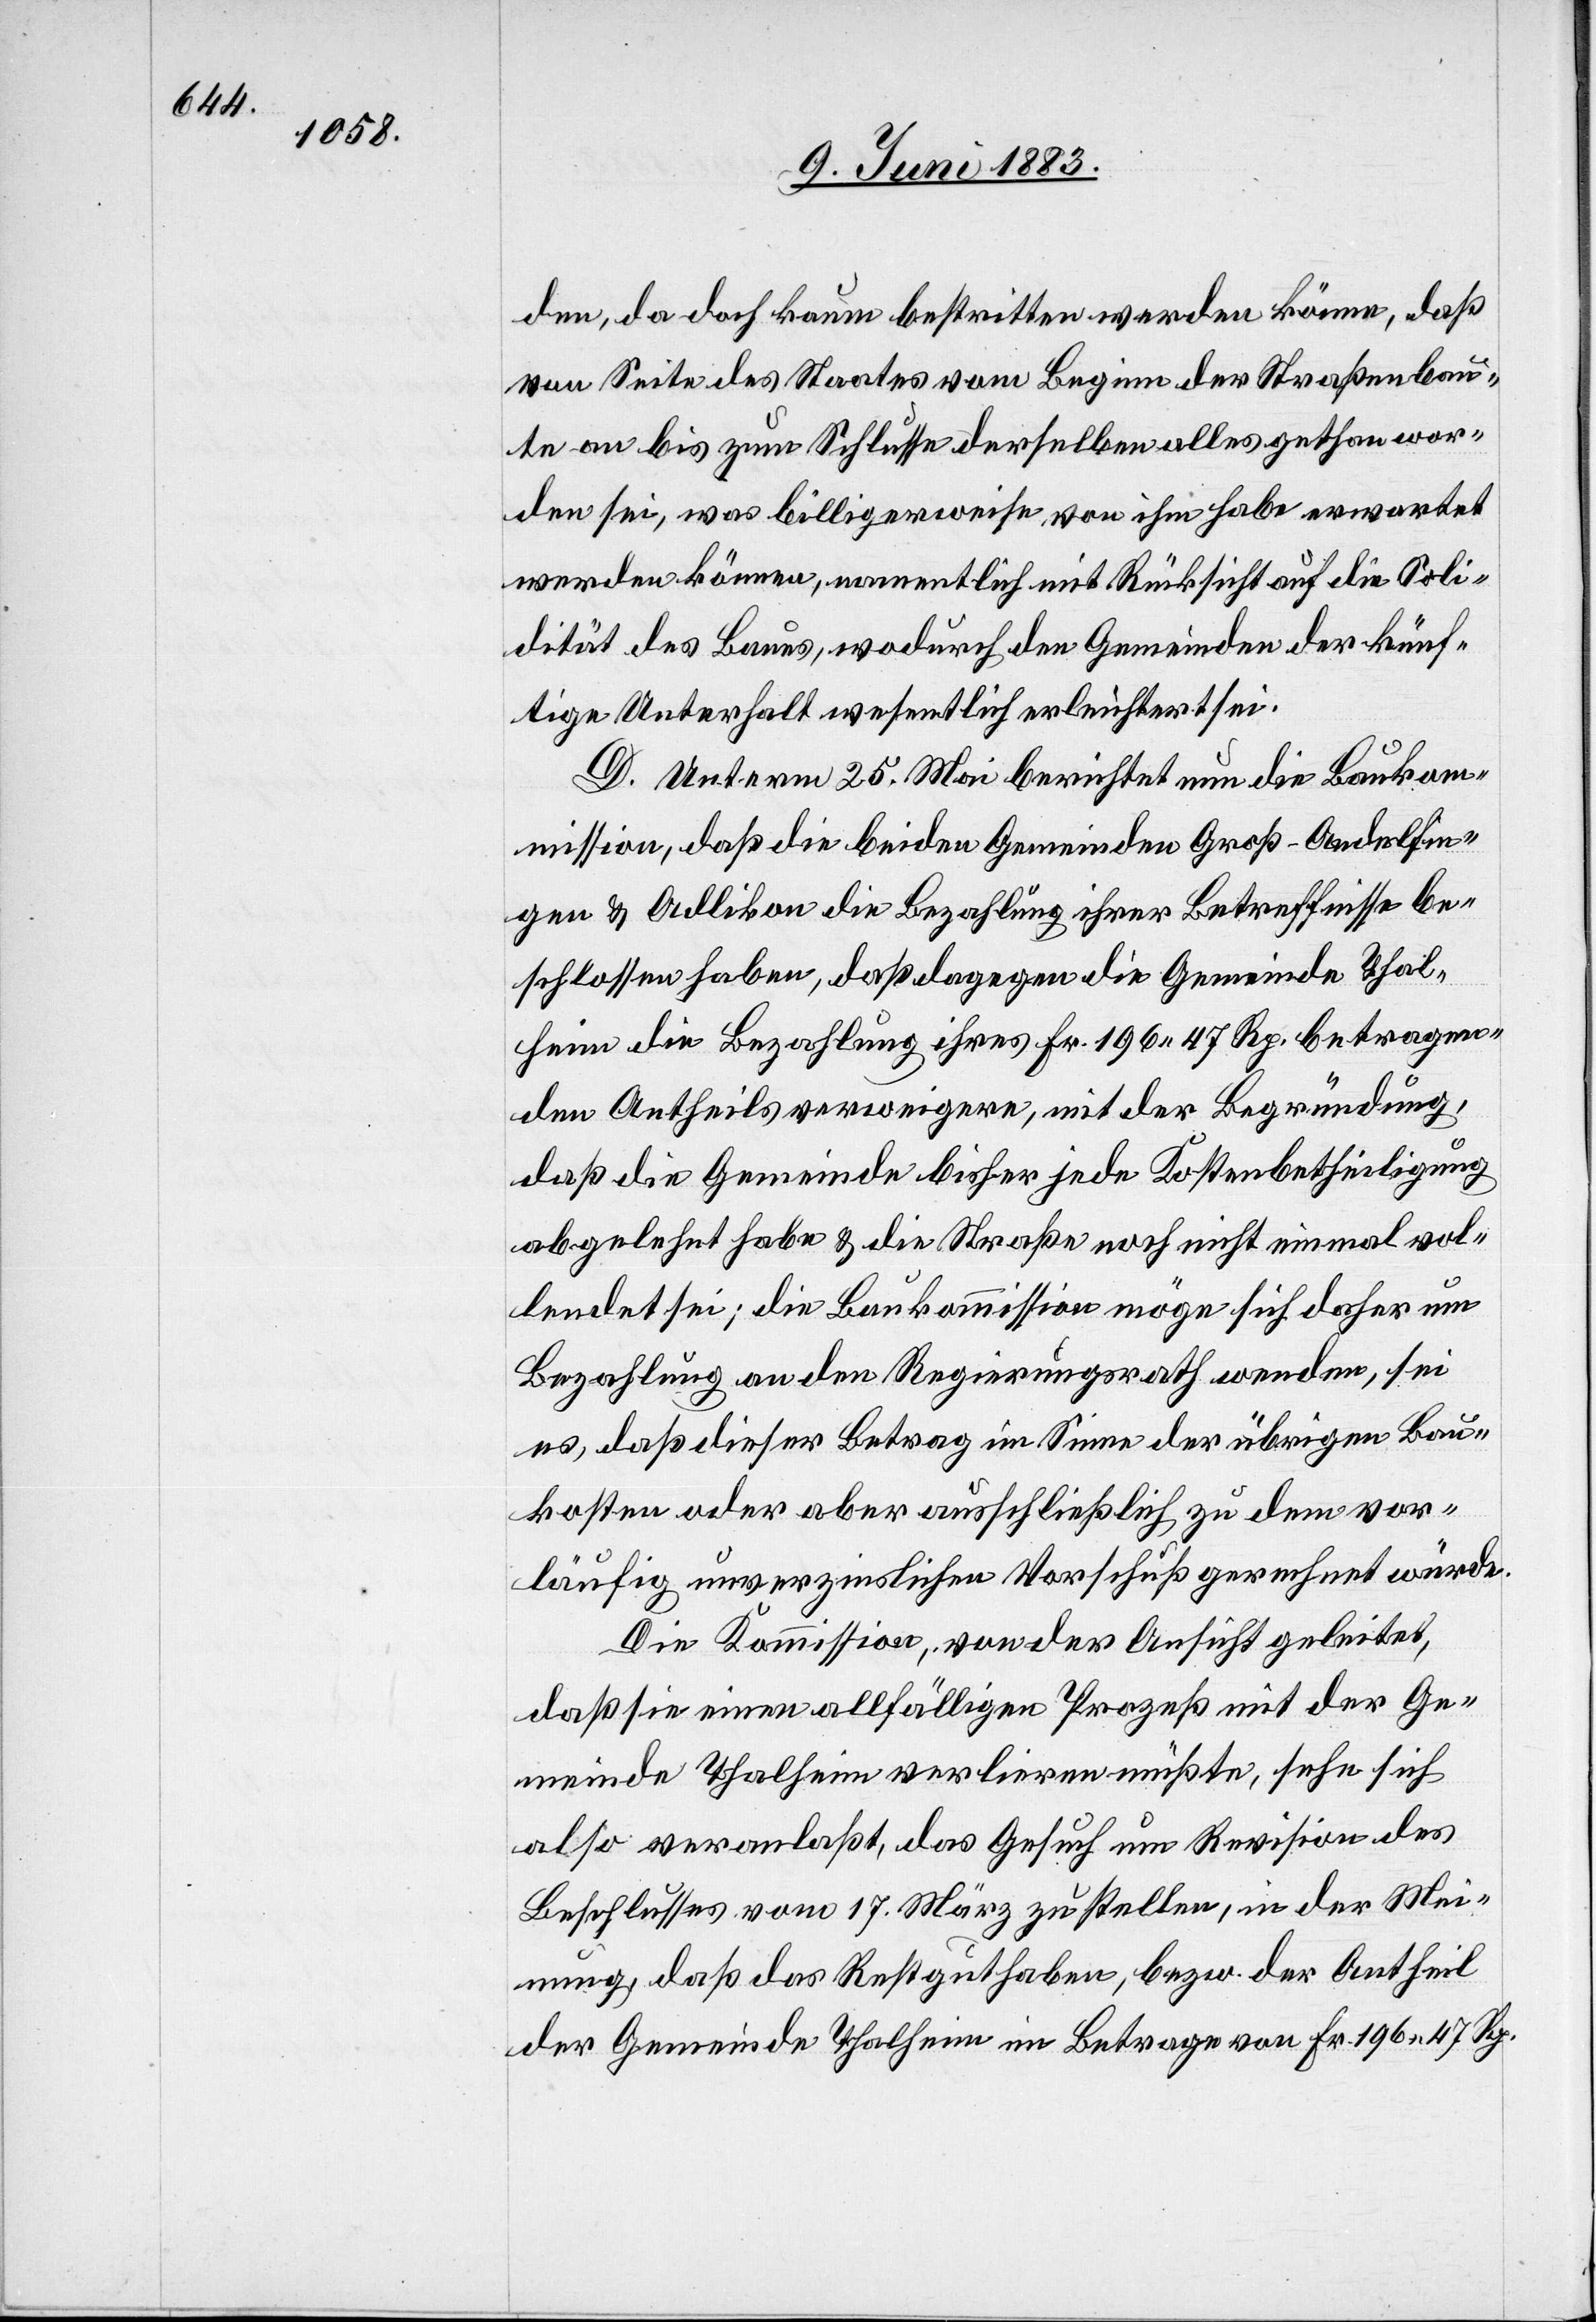
den, da doch kaum bestritten werden könne, daß
von Seite des Staates vom Beginn der Straßenbau¬
te an bis zum Schlusse derselben alles gethan wor¬
den sei, was billigerweise, von ihm habe erwartet
werden können, namentlich mit Rücksicht auf die Soli¬
dität des Baues, wodurch den Gemeinden der künf¬
tige Unterhalt wesentlich erleichtert sei.
D. Unterm 25. Mai berichtet nun die Bauko¬
mmission, daß die beiden Gemeinden Groß-Andelfin¬
gen & Adlikon die Bezahlung ihrer Betreffnisse be¬
schlossen haben, daß dagegen die Gemeinde Thal¬
heim die Bezahlung ihres Fr. 196 47 Rp. betragen¬
den Antheils verweigere, mit der Begründung,
daß den Gemeinden bisher jede Kostenbetheiligung
abgelehnt habe & die Straße noch nicht einmal vol¬
lendet sei; die Baukommission möge sich daher um
Bezahlung an den Regierungsrath wenden, sei
es, daß dieser Betrag im Sinne der übrigen Bau¬
kosten oder aber ausschließlich zu dem vor¬
läufig unverzinslichen Vorschuß gerechnet würde.
Die Kommission, von der Ansicht geleitet,
daß sie einen allfälligen Prozeß mit der Ge¬
meinde Thalheim verlieren müßte, sehe sich
also veranlaßt, das Gesuch um Revision des
Beschlusses vom 17. März zu stellen, in der Mei¬
nung, daß das Rechtguthaben, bezw. den Antheil
der Gemeinde Thalheim im Betrage von Fr. 196 47 Rp.